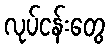
လုပ်ငန်းတွေ